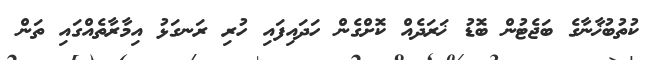
ކުތުބުޚާނާގެ ބަޖެޓުން ބޮޑު ޚަރަދެއް ކޮށްގެން ހަދައިފައި ހުރި ރަނގަޅު އިމާރާތެއްގައި ތަން